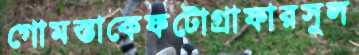
গোমস্তাকেফটোগ্রাফারসুল